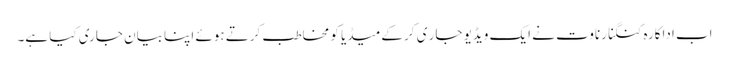
اب اداکارہ کنگنا رناوت نے ایک ویڈیو جار ی کر کےمیڈیا کو مخاطب کرتے ہوئے اپنا بیان جاری کیا ہے۔